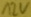
Text: 12V